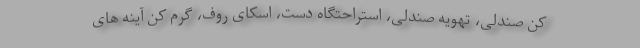
کن صندلی، تهویه صندلی، استراحتگاه دست، اسکای روف، گرم کن آینه های